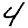
Digit: 4